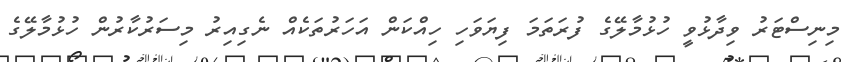
މިނިސްޓަރު ވިދާޅުވީ ހުޅުމާލޭގެ ފުރަތަމަ ފިޔަވަހި ހިއްކަން އަހަރުތަކެއް ނެގިއިރު މިސަރުކާރުން ހުޅުމާލޭގެ